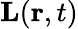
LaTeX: \mathbf{L}(\mathbf{r},t)